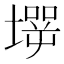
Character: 𡑇